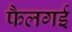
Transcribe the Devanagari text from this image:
फैलगई